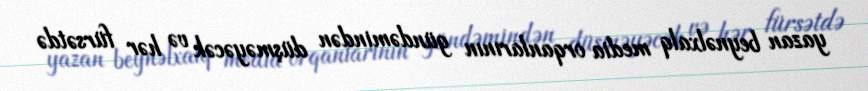
yazan beynəlxalq media orqanlarının gündəmindən düşməyəcək və hər fürsətdə